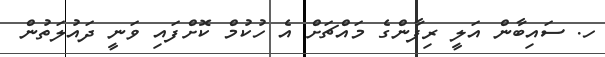
ހ. ސައިބާން އަލީ ރިފާންގެ މައްޗަށް އެ ހުކުމް ކޮށްފައި ވަނީ ދައުލަތުން